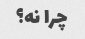
چرا نه؟